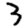
Digit: 3